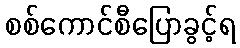
စစ်ကောင်စီပြောခွင့်ရ